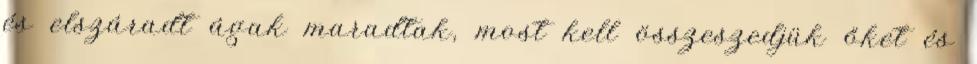
és elszáradt ágak maradtak, most kell összeszedjük őket és